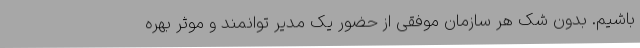
باشیم. بدون شک هر سازمان موفقی از حضور یک مدیر توانمند و موثر بهره